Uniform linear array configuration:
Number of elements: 64
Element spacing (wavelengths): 0.75
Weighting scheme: cosine
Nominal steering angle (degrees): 45
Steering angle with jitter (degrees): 45.655
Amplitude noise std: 0.05
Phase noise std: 0.05

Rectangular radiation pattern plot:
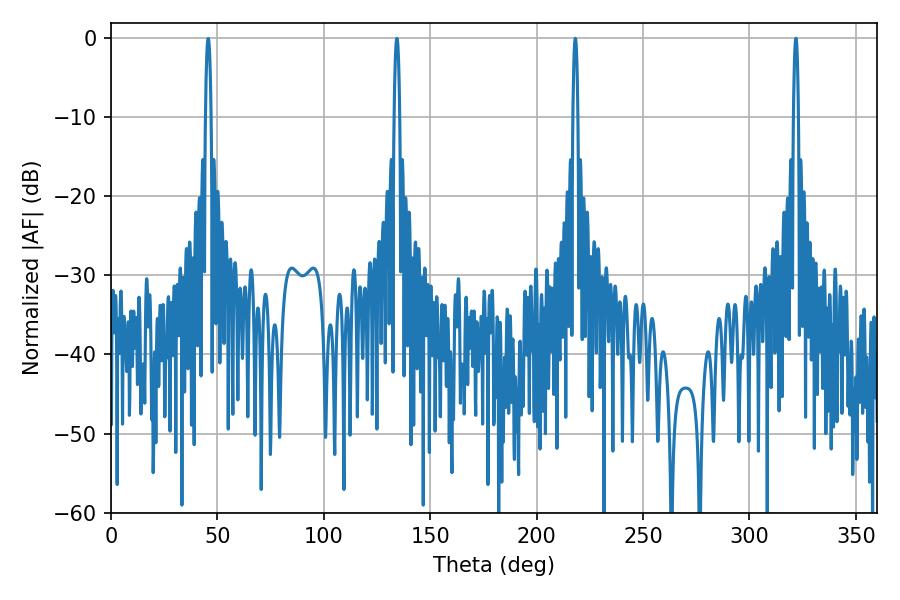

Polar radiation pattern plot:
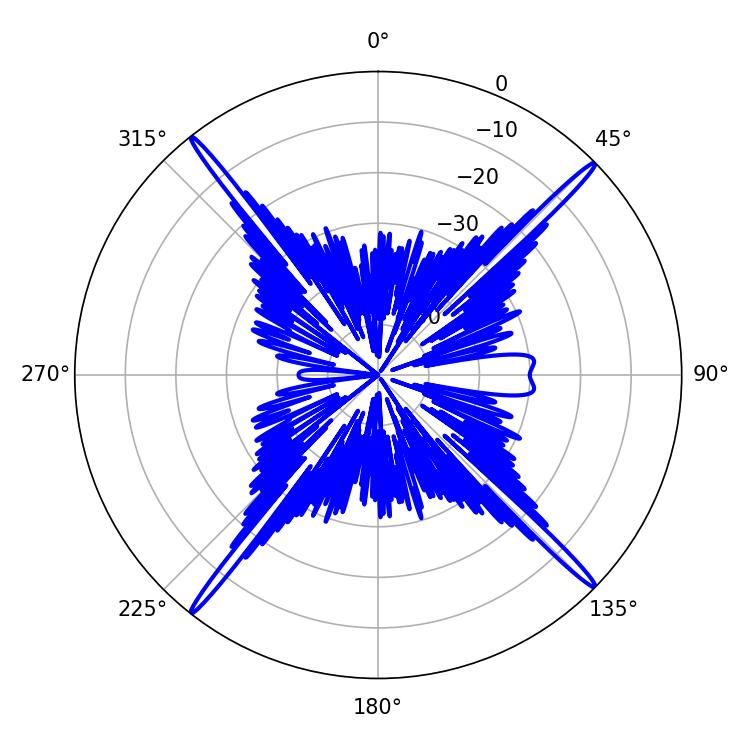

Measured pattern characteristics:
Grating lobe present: TRUE
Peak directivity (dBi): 22.905
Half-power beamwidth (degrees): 1.26
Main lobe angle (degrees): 218.16